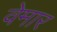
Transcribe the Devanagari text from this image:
वेमार